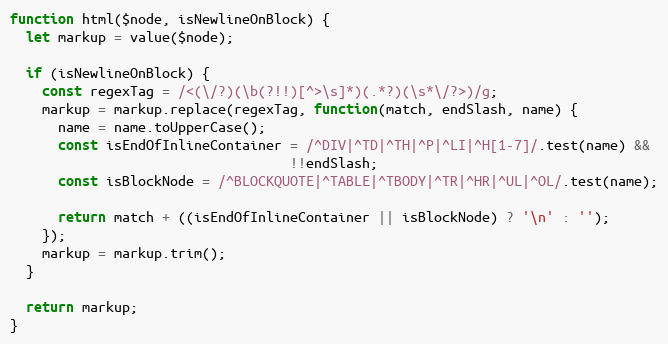
Language: JavaScript
function html($node, isNewlineOnBlock) {
  let markup = value($node);

  if (isNewlineOnBlock) {
    const regexTag = /<(\/?)(\b(?!!)[^>\s]*)(.*?)(\s*\/?>)/g;
    markup = markup.replace(regexTag, function(match, endSlash, name) {
      name = name.toUpperCase();
      const isEndOfInlineContainer = /^DIV|^TD|^TH|^P|^LI|^H[1-7]/.test(name) &&
                                   !!endSlash;
      const isBlockNode = /^BLOCKQUOTE|^TABLE|^TBODY|^TR|^HR|^UL|^OL/.test(name);

      return match + ((isEndOfInlineContainer || isBlockNode) ? '\n' : '');
    });
    markup = markup.trim();
  }

  return markup;
}